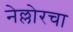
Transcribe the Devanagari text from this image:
नेल्लोरचा